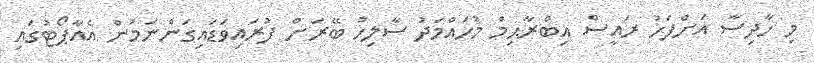
މި ހާދިސާ އަށްފަހު ރައީސް އިބްރާޙިމް މުހައްމަދު ސާލިހު ބޭރަށް ފުރައިވަޑައިގަންނަމުން އެއާޕޯޓުގައި